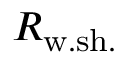
R _ { \mathrm { w . s h . } }